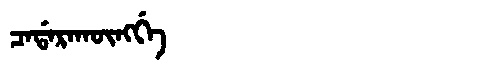
Manchu: ᠴᠠᡩᠠᡵᠠᡴᡡᠩᡤᡝ
Romanization: CADARAKŪNGGE